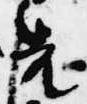
先